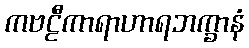
ကဗဠီကာရာဟာရဘက္ခာနံ